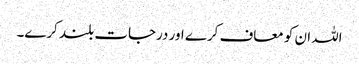
اللہ ان کو معاف کرے اور درجات بلند کرے۔